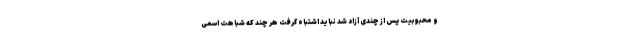
و محبوبیت پس از چندی آزاد شد نباید اشتباه گرفت هر چند که شباهت اسمی